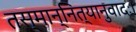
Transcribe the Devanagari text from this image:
तस्मान्नित्यानुवादः।